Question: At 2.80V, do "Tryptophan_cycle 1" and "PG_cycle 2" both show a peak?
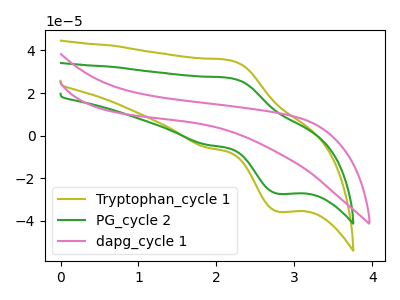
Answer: <think>The olive curve "Tryptophan_cycle 1" has an anodic peak at (2.15V, 35.40uA) and a cathodic peak at (2.80V, -35.70uA). The green curve "PG_cycle 2" has an anodic peak at (2.15V, 27.10uA) and a cathodic peak at (2.80V, -27.30uA). The pink curve "dapg_cycle 1" has no peaks.</think>
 <answer>Yes, "Tryptophan_cycle 1" and "PG_cycle 2" share a peak at 2.80V.</answer>
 <eval>match</eval>